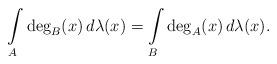
LaTeX: \begin{align*}\int\limits_A \deg_B(x)\,d\lambda(x) =\int\limits_B\deg_A(x)\,d\lambda(x).\end{align*}